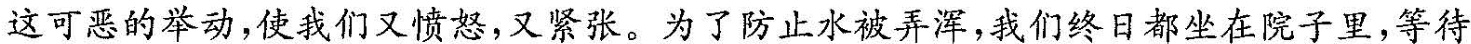
这可恶的举动，使我们又愤怒，又紧张。为了防止水被弄浑，我们终日都坐在院子里，等待